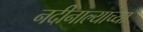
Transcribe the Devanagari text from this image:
नदीनाल्याच्या